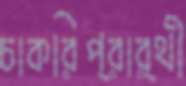
চাকরিপ্রার্থী